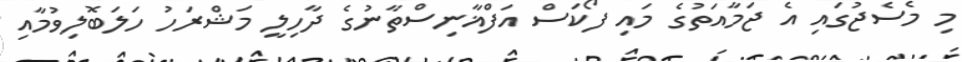
މި މެސެޖުގައި އެ ޖަމާއަތުގެ މައި ފޯކަސް އަފްޣާނިސްތާނުގެ ދާހިލީ މަޝްރަހު ހަލަބޮލިވުމާއި